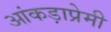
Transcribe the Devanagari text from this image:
आंकड़ाप्रेमी